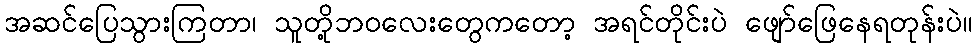
အဆင်ပြေသွားကြတာ၊ သူတို့ဘဝလေးတွေကတော့ အရင်တိုင်းပဲ ဖျော်ဖြေနေရတုန်းပဲ။